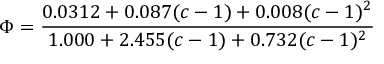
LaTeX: \Phi = { \frac { 0 . 0 3 1 2 + 0 . 0 8 7 ( c - 1 ) + 0 . 0 0 8 ( c - 1 ) ^ { 2 } } { 1 . 0 0 0 + 2 . 4 5 5 ( c - 1 ) + 0 . 7 3 2 ( c - 1 ) ^ { 2 } } }